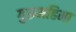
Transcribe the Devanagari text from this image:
गुरूमहिमा